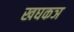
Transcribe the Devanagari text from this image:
खघकञ